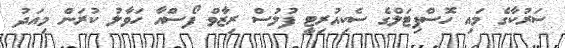
ސަރުކާގެ މައި ހޮސްޕިޓަލްގެ ސެކިއުރިޓީ ފުލުސް ރިޒާވް ފޯސްއާ ހަވާލު ކުރަން މިއަދު